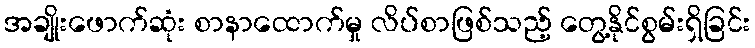
အချိုးဖောက်ဆုံး စာနာထောက်မှု လိပ်စာဖြစ်သည့် တွေ့နိုင်စွမ်းရှိခြင်း